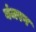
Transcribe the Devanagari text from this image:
बंजरग